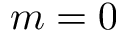
m = 0